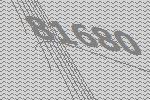
81680